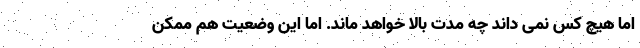
اما هیچ کس نمی داند چه مدت بالا خواهد ماند. اما این وضعیت هم ممکن